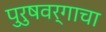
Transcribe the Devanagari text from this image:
पुरुषवर्गाचा